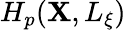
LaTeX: H_{p}(\mathbf{X},L_{\xi})